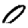
Digit: 0